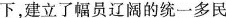
下，建立了幅员辽阔的统一多民